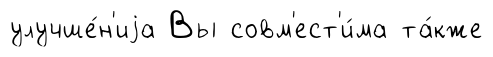
улучше́н'иjа Вы совм'ест'и́ма та́кже